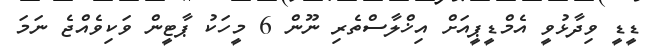
ޑީޑީ ވިދާޅުވީ އެމްޑީޕީއަށް އިޚްލާސްތެރި ނޫން 6 މީހަކު ޕާޓީން ވަކިވެއްޖެ ނަމަ